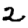
Digit: 2